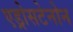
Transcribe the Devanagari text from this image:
एड्रोसटेनोन